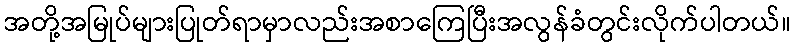
အတို့အမြုပ်များပြုတ်ရာမှာလည်းအစာကြေပြီးအလွန်ခံတွင်းလိုက်ပါတယ်။